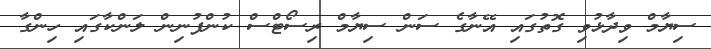
ސިޔާމް ވިދާޅުވި ގޮތުގައި އޭނާގެ ސަން ސިޔާމް ރިސޯޓްސް ކުންފުނިން ލަންކާގައި ހިންގާ